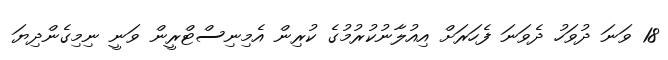
18 ވަނަ ދުވަހު ދެވަނަ ފެހަރަށް އިއުލާނުކުރުމުގެ ކުރިން އެމިނިސްޓްރީން ވަނީ ނިމިގެންދިޔަ